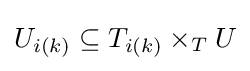
U_{i(k)}\subseteq T_{i(k)}\times _{T}U